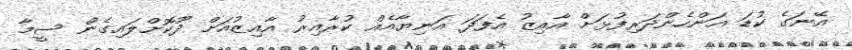
އޭނަގެ ކުޑަ އަންހެންދަރިފުޅަށް އާއިޒު އެފަދަ އަނިޔާއެއް ކުރާއިރު އާއިޒުއަށް ދޫކޮށްލައިގެން ސީމާ